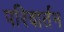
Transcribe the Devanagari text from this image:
परिवार्तन